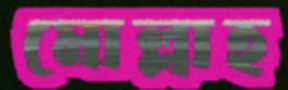
মোল্লাহ